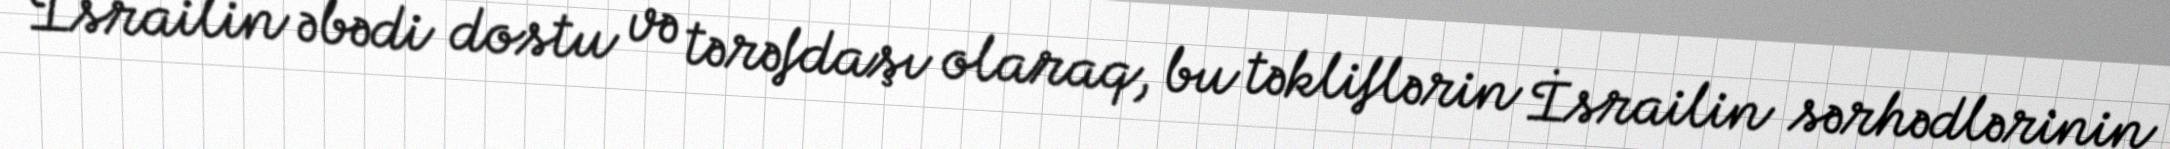
İsrailin əbədi dostu və tərəfdaşı olaraq, bu təkliflərin İsrailin sərhədlərinin